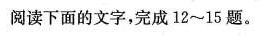
阅读下面的文字，完成12~15题。